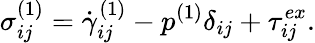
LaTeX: \sigma_{ij}^{(1)}=\dot{\gamma}_{ij}^{(1)}-p^{(1)}\delta_{ij}+\tau_{ij}^{ex}.